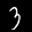
Label: 3